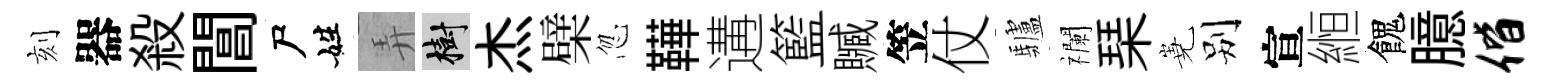
刻器殺閶尸姓弄樹杰檗忽鞾遘籃贓笠仗驢襴琹嶤别宣縆餽臆偕